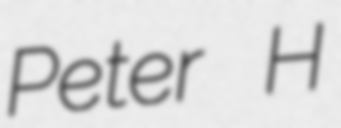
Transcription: Peter H